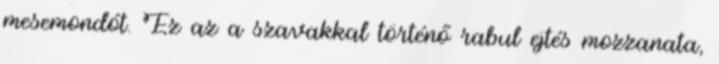
mesemondót. Ez az a szavakkal történő rabul ejtés mozzanata,